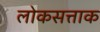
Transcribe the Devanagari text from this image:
लोकसत्ताक